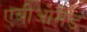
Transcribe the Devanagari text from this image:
एबीओमेड